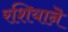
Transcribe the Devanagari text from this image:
रशियाऩॆ